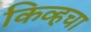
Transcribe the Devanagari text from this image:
किव्हचा